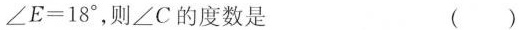
$$∠ E = 1 8 °$$，则∠C的度数是 ()